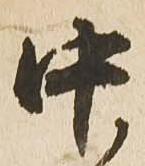
中